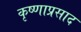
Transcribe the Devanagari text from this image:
कृष्णाप्रसाद